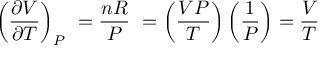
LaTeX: \left( { \frac { \partial V } { \partial T } } \right) _ { P } \ = { \frac { n R } { P } } \ = \left( { \frac { V P } { T } } \right) \left( { \frac { 1 } { P } } \right) = { \frac { V } { T } }